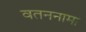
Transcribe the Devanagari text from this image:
वतननामा